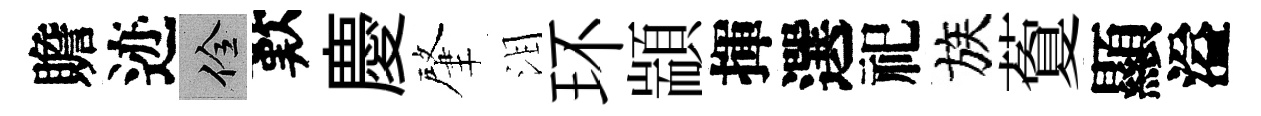
贍迹佺歎慶肇泪环顓揮選祀族藑顯溢